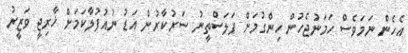
އެހެން ނަމަވެސް ހަމަނުޖެހުން ހިންގުމަށް ފަލަސްތީނު ސަރުކާރުން އަޑު ނުއުފުލާކަމަށް ޚާރިޖީ ވަޒީރު